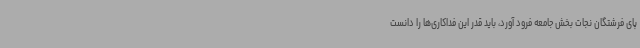
پای فرشتگان نجات بخش جامعه فرود آورد، باید قدر این فداکاری‌ها را دانست